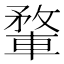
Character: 𨍎